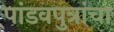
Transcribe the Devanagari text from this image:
पांडवपुत्रांचा